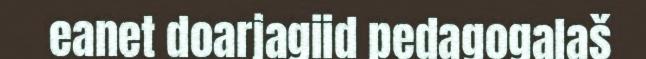
eanet doarjagiid pedagogalaš